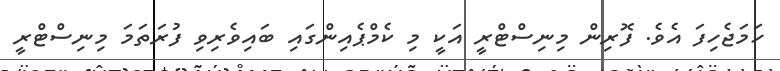
ހަމަޖެހިފަ އެވެ. ފޮރިން މިނިސްޓްރީ އަކީ މި ކެމްޕެއިންގައި ބައިވެރިވި ފުރަތަމަ މިނިސްޓްރީ